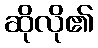
ဆိုလို၏